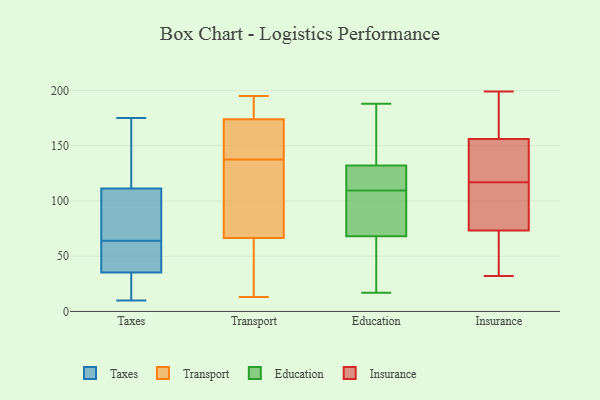
{"axis": {"x": "Demand Index", "y": "Value"}, "legend": ["Education", "Insurance", "Taxes", "Transport"], "data": [{"x": "", "y": 92, "type": "Taxes"}, {"x": "", "y": 10, "type": "Taxes"}, {"x": "", "y": 51, "type": "Taxes"}, {"x": "", "y": 94, "type": "Taxes"}, {"x": "", "y": 45, "type": "Taxes"}, {"x": "", "y": 50, "type": "Taxes"}, {"x": "", "y": 117, "type": "Taxes"}, {"x": "", "y": 156, "type": "Taxes"}, {"x": "", "y": 32, "type": "Taxes"}, {"x": "", "y": 31, "type": "Taxes"}, {"x": "", "y": 106, "type": "Taxes"}, {"x": "", "y": 175, "type": "Taxes"}, {"x": "", "y": 113, "type": "Taxes"}, {"x": "", "y": 64, "type": "Taxes"}, {"x": "", "y": 16, "type": "Taxes"}, {"x": "", "y": 132, "type": "Transport"}, {"x": "", "y": 46, "type": "Transport"}, {"x": "", "y": 143, "type": "Transport"}, {"x": "", "y": 179, "type": "Transport"}, {"x": "", "y": 152, "type": "Transport"}, {"x": "", "y": 175, "type": "Transport"}, {"x": "", "y": 164, "type": "Transport"}, {"x": "", "y": 76, "type": "Transport"}, {"x": "", "y": 58, "type": "Transport"}, {"x": "", "y": 16, "type": "Transport"}, {"x": "", "y": 185, "type": "Transport"}, {"x": "", "y": 78, "type": "Transport"}, {"x": "", "y": 173, "type": "Transport"}, {"x": "", "y": 75, "type": "Transport"}, {"x": "", "y": 195, "type": "Transport"}, {"x": "", "y": 13, "type": "Transport"}, {"x": "", "y": 61, "type": "Education"}, {"x": "", "y": 17, "type": "Education"}, {"x": "", "y": 155, "type": "Education"}, {"x": "", "y": 44, "type": "Education"}, {"x": "", "y": 188, "type": "Education"}, {"x": "", "y": 132, "type": "Education"}, {"x": "", "y": 115, "type": "Education"}, {"x": "", "y": 128, "type": "Education"}, {"x": "", "y": 127, "type": "Education"}, {"x": "", "y": 104, "type": "Education"}, {"x": "", "y": 188, "type": "Education"}, {"x": "", "y": 68, "type": "Education"}, {"x": "", "y": 87, "type": "Education"}, {"x": "", "y": 83, "type": "Education"}, {"x": "", "y": 60, "type": "Insurance"}, {"x": "", "y": 108, "type": "Insurance"}, {"x": "", "y": 155, "type": "Insurance"}, {"x": "", "y": 107, "type": "Insurance"}, {"x": "", "y": 56, "type": "Insurance"}, {"x": "", "y": 117, "type": "Insurance"}, {"x": "", "y": 124, "type": "Insurance"}, {"x": "", "y": 190, "type": "Insurance"}, {"x": "", "y": 75, "type": "Insurance"}, {"x": "", "y": 162, "type": "Insurance"}, {"x": "", "y": 199, "type": "Insurance"}, {"x": "", "y": 68, "type": "Insurance"}, {"x": "", "y": 159, "type": "Insurance"}, {"x": "", "y": 120, "type": "Insurance"}, {"x": "", "y": 143, "type": "Insurance"}, {"x": "", "y": 87, "type": "Insurance"}, {"x": "", "y": 32, "type": "Insurance"}]}